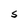
Character: S